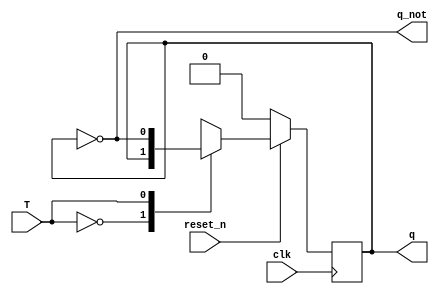
module T_ff_sync_rstn(
	input reset_n,
    input clk,
    input T,
	output reg q,
    output q_not
    );
	
	

	// reset_n is synchronous with the clk signal
	// Use non-blocking operator for sequential logic
	always @(posedge clk) begin
	    if (!reset_n)
		    q <= 1'b0;
	    else
		    case(T)
                       1'b0:q<=q;
                       1'b1:q<=~q;
              endcase
	end
	
	assign q_not = ~q;
	
endmodule